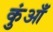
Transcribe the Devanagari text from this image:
कुंआँ